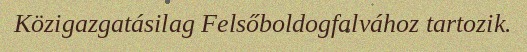
Közigazgatásilag Felsőboldogfalvához tartozik.